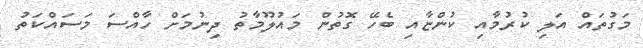
މަގުތައް އަލި ކުރުމާއި ކުންޏާއި ބެހޭ ގޮތުން މައުލޫމާތު ދިނުމަށް ހާއްސަ މަސައްކަތު